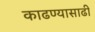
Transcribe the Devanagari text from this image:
काढण्यासाढी